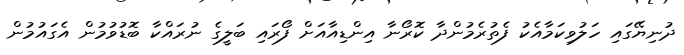
ދުނިޔޭގައި ހަލުވިކަމާއެކު ފެތުރެމުންދާ ކޮރޯނާ އިންޑިއާއަށް ފޯރައި ބަލީގެ ނުރައްކާ ބޮޑުވުމުން އެގައުމުން